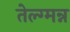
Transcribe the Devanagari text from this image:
तेल्ग्मन्न